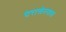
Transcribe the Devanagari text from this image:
पेरासेल्सस